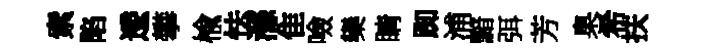
索陷逶攀楡怯滌隹噞欒睛踟浦黯弭芳臬希扶